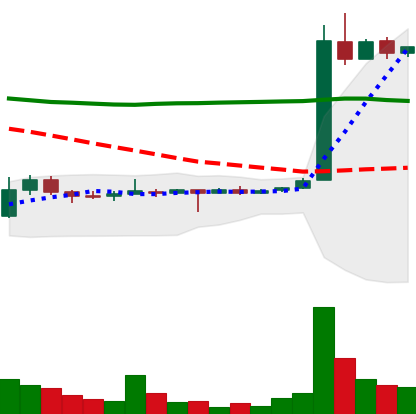
Ticker: LTC-USD
Chart end date: 2015-05-26
Forward return: -9.917%
Label: down_7plus